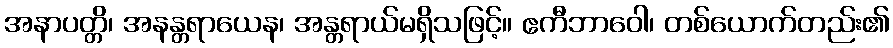
အနာပတ္တိ၊ အနန္တရာယေန၊ အန္တရာယ်မရှိသဖြင့်။ ဧကီဘာဝေါ၊ တစ်ယောက်တည်း၏